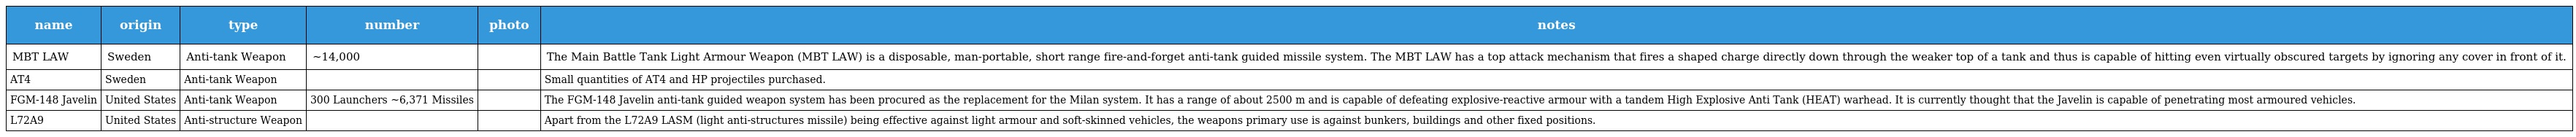
| name | origin | type | number | photo | notes |
 | --- | --- | --- | --- | --- | --- |
 | MBT LAW | Sweden | Anti-tank Weapon | ~14,000 |  | The Main Battle Tank Light Armour Weapon (MBT LAW) is a disposable, man-portable, short range fire-and-forget anti-tank guided missile system. The MBT LAW has a top attack mechanism that fires a shaped charge directly down through the weaker top of a tank and thus is capable of hitting even virtually obscured targets by ignoring any cover in front of it. |
 | AT4 | Sweden | Anti-tank Weapon |  |  | Small quantities of AT4 and HP projectiles purchased. |
 | FGM-148 Javelin | United States | Anti-tank Weapon | 300 Launchers ~6,371 Missiles |  | The FGM-148 Javelin anti-tank guided weapon system has been procured as the replacement for the Milan system. It has a range of about 2500 m and is capable of defeating explosive-reactive armour with a tandem High Explosive Anti Tank (HEAT) warhead. It is currently thought that the Javelin is capable of penetrating most armoured vehicles. |
 | L72A9 | United States | Anti-structure Weapon |  |  | Apart from the L72A9 LASM (light anti-structures missile) being effective against light armour and soft-skinned vehicles, the weapons primary use is against bunkers, buildings and other fixed positions. |